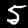
Label: 5